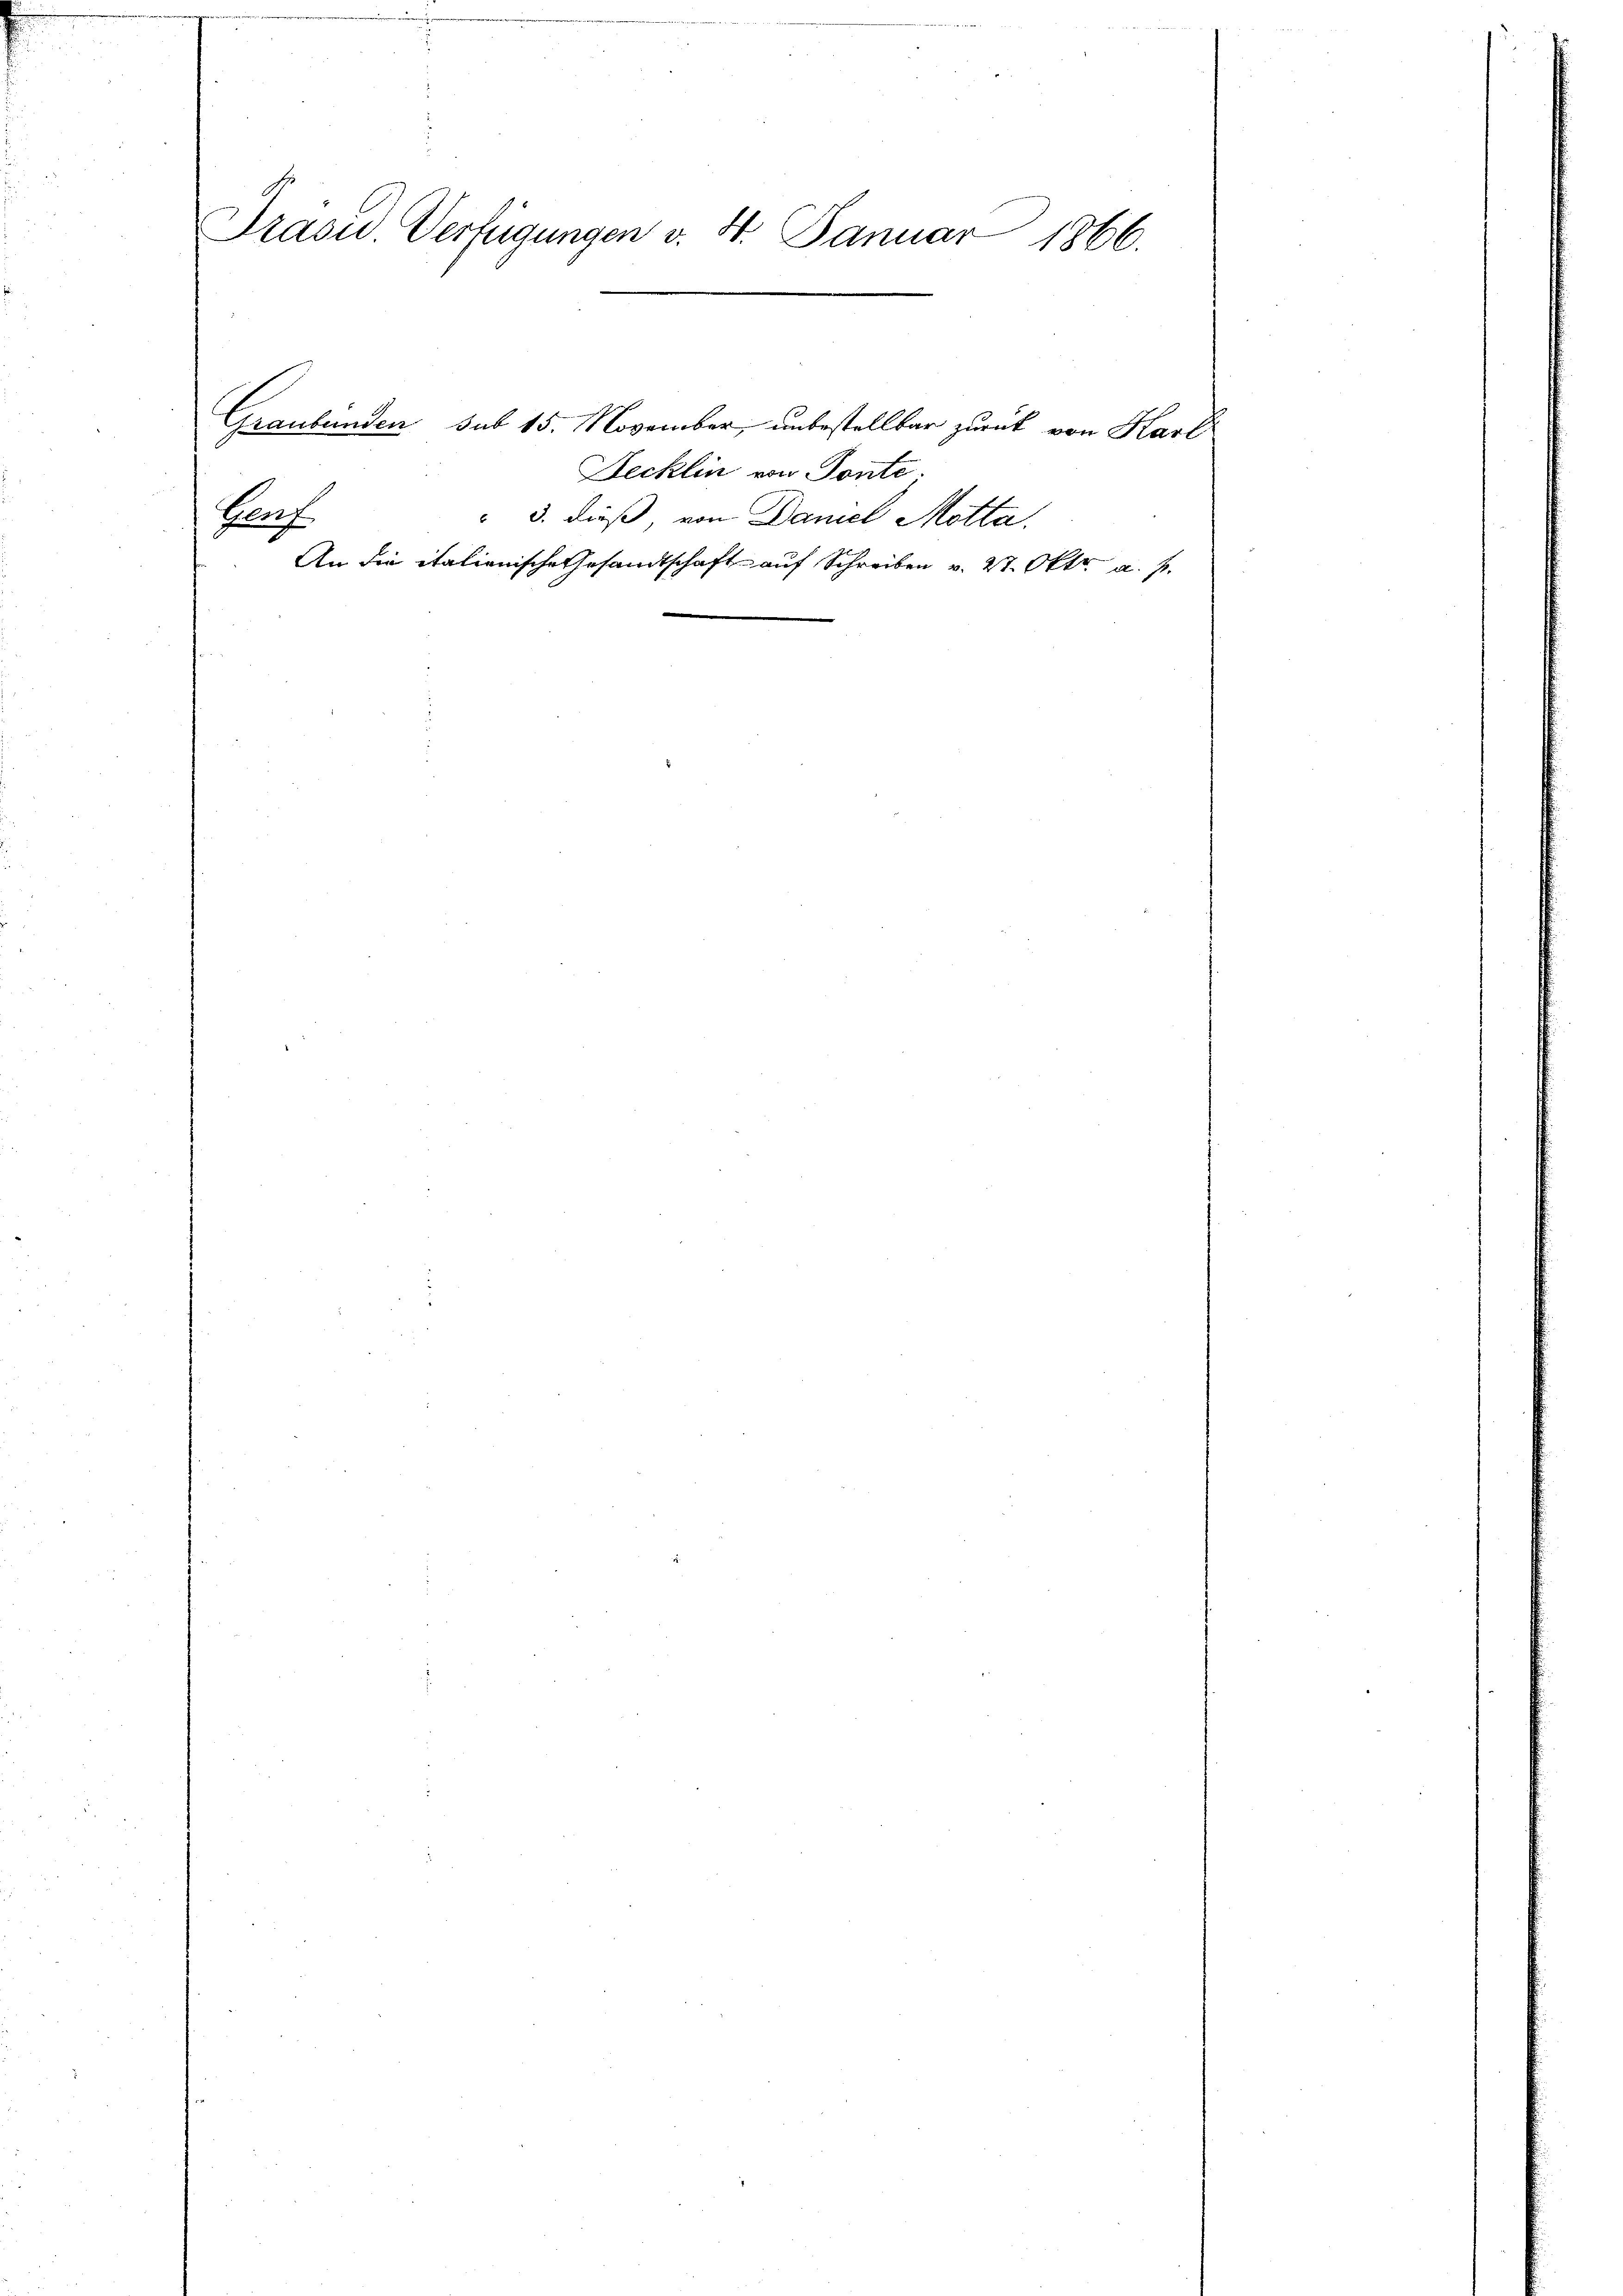
Präsid. Verfügungen v. 4. Januar 1866.

Herf

Graubünden sub 15. November, unbestellbar zurück von Karl
Jecklin von Tonte.
 3. dieß, von Daniel Motta.
An die italienische Gesandtschaft auf Schreiben v. 27. Okt. a. f.